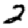
Digit: 2